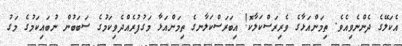
އެކަލޭގެ ދެންނެވިއެވެ. ތިމަންއަޅާގެ ވެރިރަސްކަލާކޮ! އިބަރަސްކަލާނގެ ތިމަންއަޅާ މަގުފުރެއްދެވިކަމުގެ ސަބަބުން ނުބައިކަމުގެ މަގު